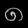
Digit: ၈